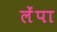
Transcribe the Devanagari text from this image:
लेंपा